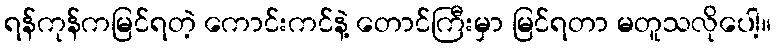
ရန်ကုန်ကမြင်ရတဲ့ ကောင်းကင်နဲ့ တောင်ကြီးမှာ မြင်ရတာ မတူသလိုပေါ့။